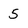
Character: 5